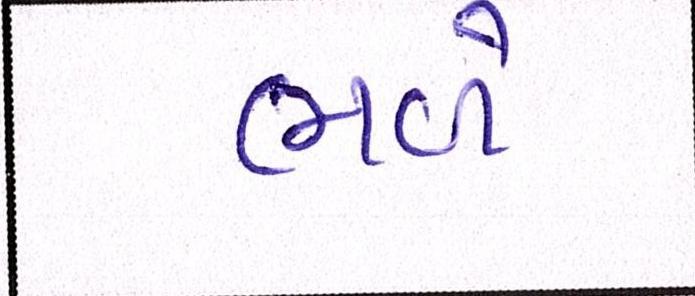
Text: ભળે